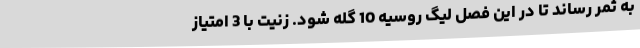
به ثمر رساند تا در این فصل لیگ روسیه 10 گله شود. زنیت با 3 امتیاز